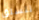
نتسلق